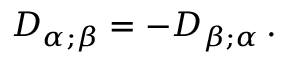
D _ { \alpha ; \beta } = - D _ { \beta ; \alpha } \, .